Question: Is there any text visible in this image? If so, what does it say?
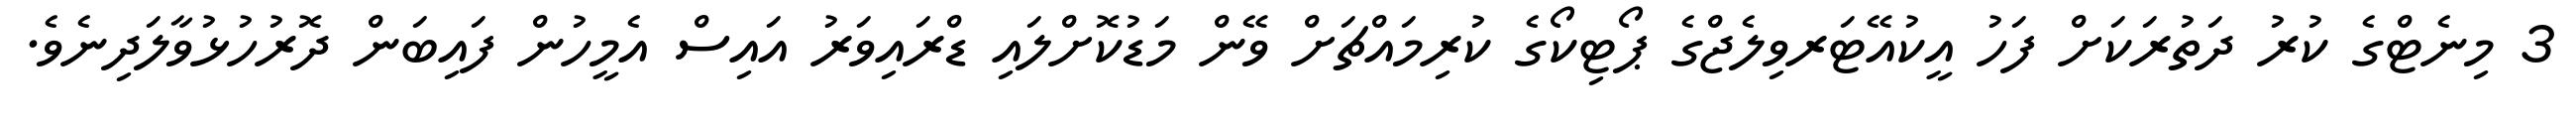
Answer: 3 މިނެޓްގެ ކުރު ދަތުރަކަށް ފަހު އީކުއޭޓަރވިލެޖްގެ ޕޯޓިކޯގެ ކުރިމައްޗަށް ވޭން މަޑުކޮށްލައި ޑްރައިވަރު އައިސް އެމީހުން ފައިބަން ދޮރުހުޅުވާލަދިނެވެ.